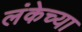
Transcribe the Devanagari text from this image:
लंकेच्या